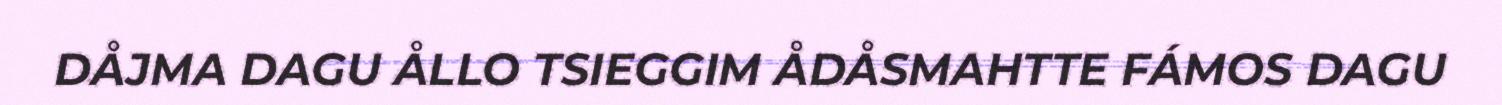
DÅJMA DAGU ÅLLO TSIEGGIM ÅDÅSMAHTTE FÁMOS DAGU